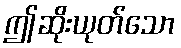
ဤဆိုးယုတ်သော